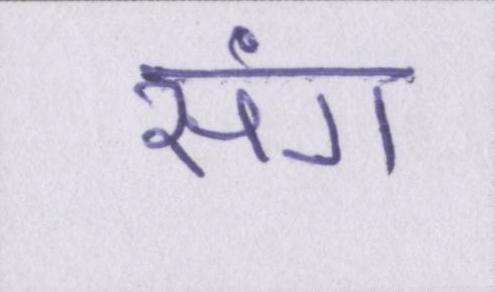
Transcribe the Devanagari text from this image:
संग